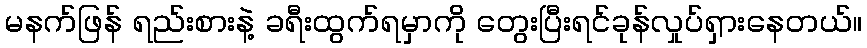
မနက်ဖြန် ရည်းစားနဲ့ ခရီးထွက်ရမှာကို တွေးပြီးရင်ခုန်လှုပ်ရှားနေတယ်။